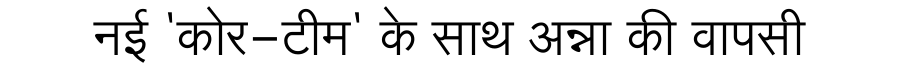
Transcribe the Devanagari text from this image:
नई 'कोर-टीम' के साथ अन्ना की वापसी